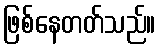
ဖြစ်နေတတ်သည်။